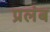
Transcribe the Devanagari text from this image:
प्रलंब